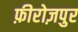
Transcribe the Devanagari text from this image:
फ़ीरोज़पुर